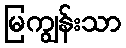
မြကျွန်းသာ